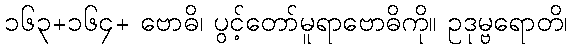
၁၆၃+၁၆၄+ ဗောဓိ၊ ပွင့်တော်မူရာဗောဓိကို။ ဥဒုမ္ဗရောတိ၊